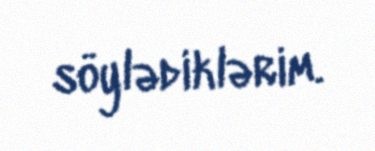
söylədiklərim.